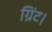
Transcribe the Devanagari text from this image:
ग्रिंट।